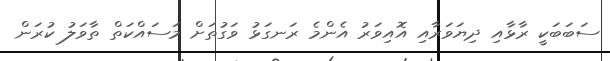
ސަބަބަކީ ރާޅާއި ދިޔަވަރާއި އޮއިވަރު އެންމެ ރަނގަޅު ވަގުތަށް މަސައްކަތް ތާވަލު ކުރަން